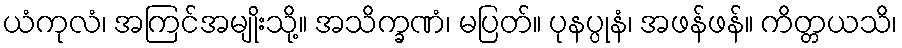
ယံကုလံ၊ အကြင်အမျိုးသို့။ အသိက္ခဏံ၊ မပြတ်။ ပုနပ္ပုနံ၊ အဖန်ဖန်။ ကိတ္တယသိ၊